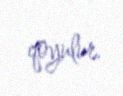
qoyulur.